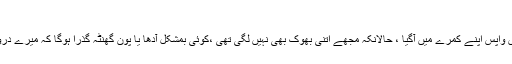
​
تو امی جی نے انکار میں سر ہلایا ، بہرحال میں واپس اپنے کمرے میں آگیا ، حالانکہ مجھے اتنی بھوک بھی نہیں لگی تھی ،کوئی بمشکل آدھا یا پون گھنٹہ گذرا ہوگا کہ میرے دروازے پر دستک ہوئی اور آواز آئی " جانی بیٹا ؟